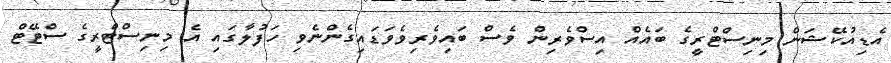
އެޑިއުކޭޝަން މިނިސްޓްރީގެ ބައެއް އިސްވެރިން ވެސް ބައިވެރިވެވަޑައިގެންނެވި ހަފުލާގައި އެ މިނިސްޓްރީގެ ސްޓޭޓް